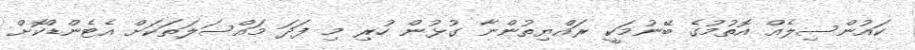
ކައުންސިލެއް އޮތުމުގެ ބޭނުމަކީ ރައްޔިތުންނާ ގުޅުން ހުރި މި ފަދަ މައްސަލަތަކަށް އެޓެންޑްކޮށް